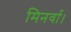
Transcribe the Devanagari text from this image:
मिनर्वा।